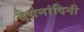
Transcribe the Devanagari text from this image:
दैयनांदिनी